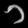
Digit: ၁